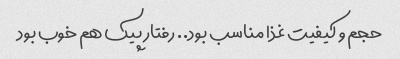
حجم و کیفیت غذا مناسب بود.. رفتار پیک هم خوب بود